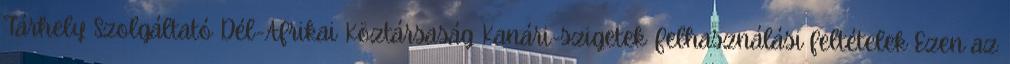
Tárhely Szolgáltató Dél-Afrikai Köztársaság Kanári-szigetek Felhasználási feltételek Ezen az